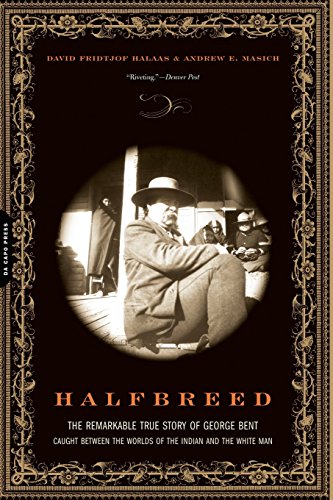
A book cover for Halfbreed: The Remarkable True Story of George Bent-- Caught Between the Worlds of the Indian and the White Man; David F. Halaas; Biographies & Memoirs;